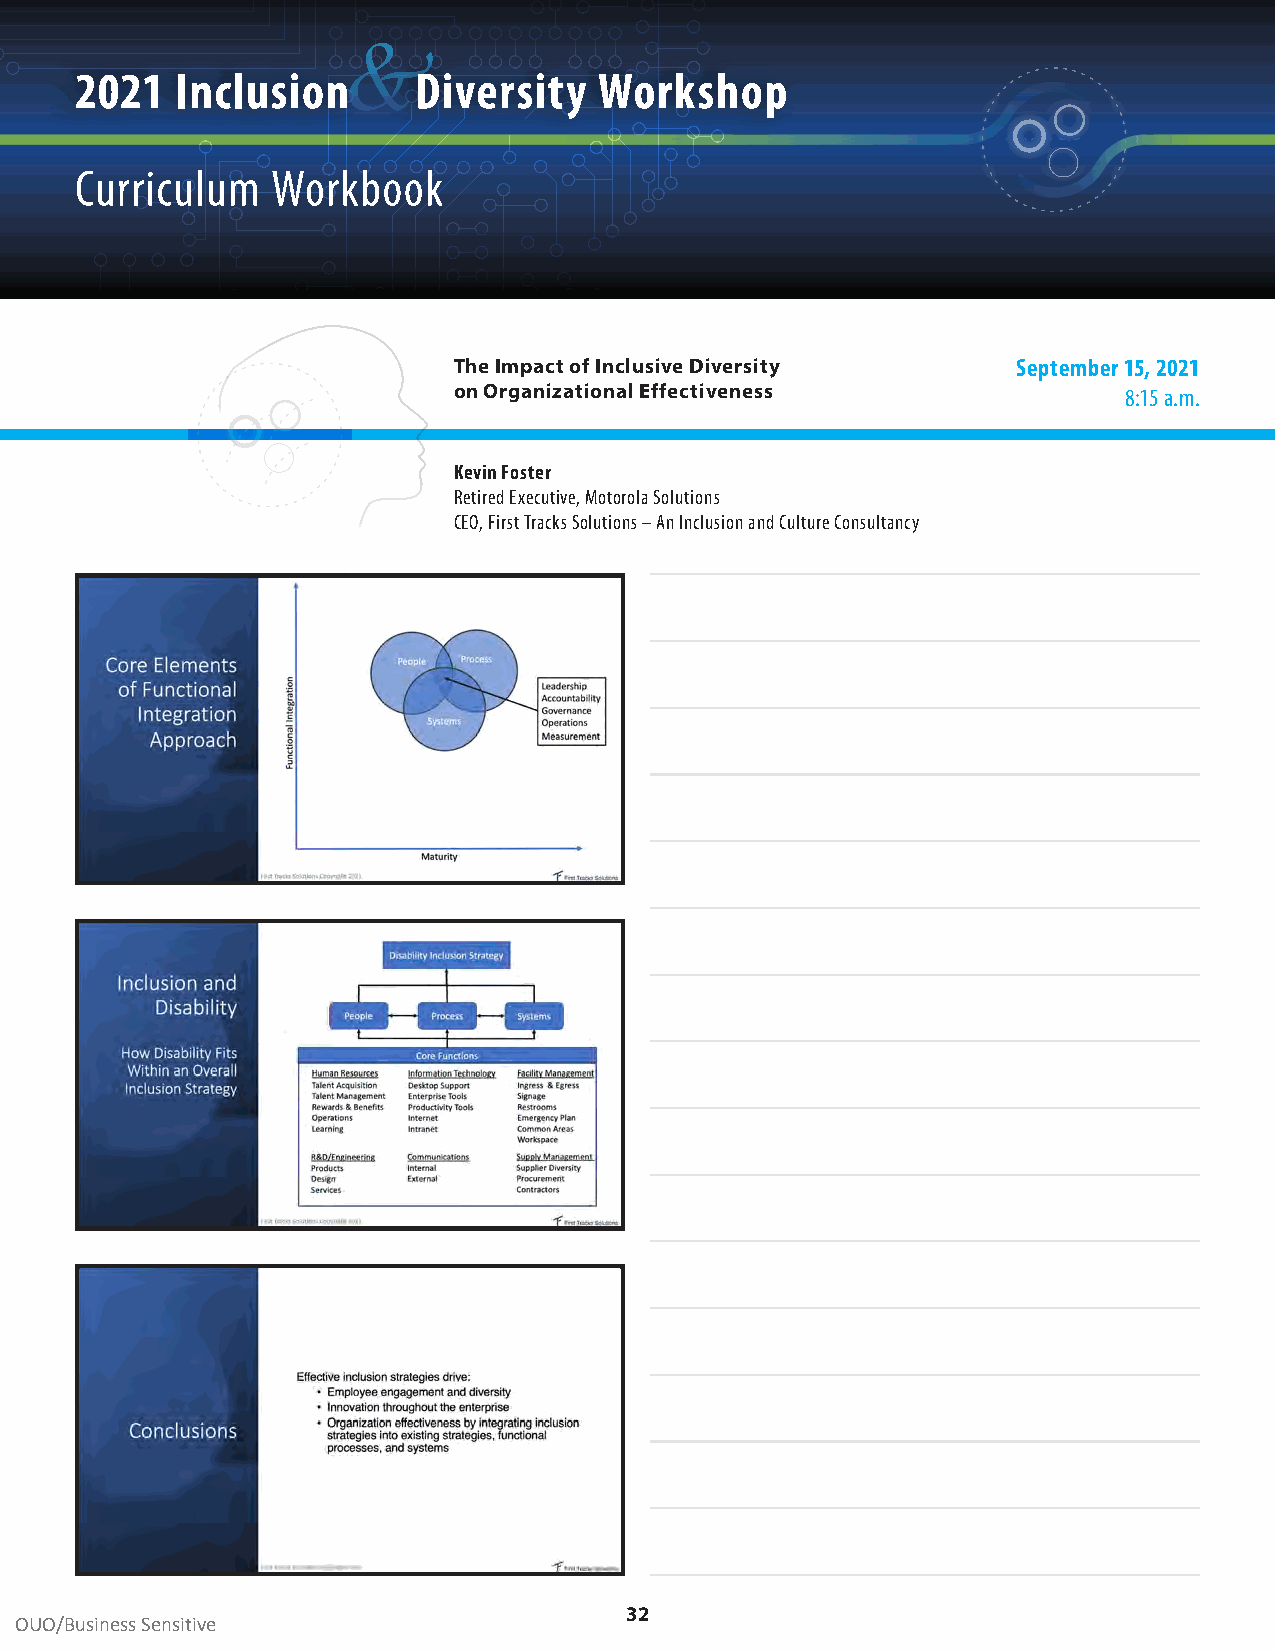
&
 2021   Inclusion      Diversity    Workshop
 Curriculum   Workbook
 The Impact of Inclusive Diversity    September 15, 2021
 on Organizational Effectiveness             8:15 a .m .
 Kevin Foster
 Retired Executive, Motorola Solutions
 CEO, First Tracks Solutions – An Inclusion and Culture Consultancy
 32
 OUO/Business Sensitive